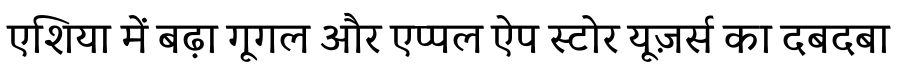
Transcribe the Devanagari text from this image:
एशिया में बढ़ा गूगल और एप्पल ऐप स्टोर यूज़र्स का दबदबा